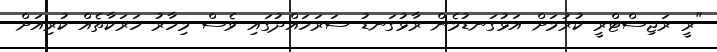
"ރީ ރަޖިސްޓްރީ ކުރުމަށް އަޅުގަނޑުމެން ރާޅުގަނޑު ސަރަހައްދުގައި ވެސް މިހާރު ހަރަކާތެއް ކުރިއަށް